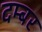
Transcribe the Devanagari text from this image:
दम्बर